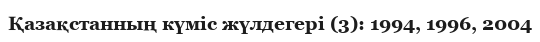
Қазақстанның күміс жүлдегері (3): 1994, 1996, 2004